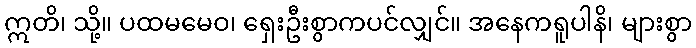
ဣတိ၊ သို့။ ပထမမေဝ၊ ရှေးဦးစွာကပင်လျှင်။ အနေကရူပါနိ၊ များစွာ